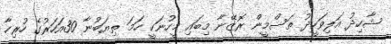
ޝާހިދު އަލިވަހީދު ތަސްމީން ރޮޒޭނާ މިބައި މީހުނަކީ ހަމަ ތިޔަބުނާ 30އަހަރުގެ ހުރިހާ